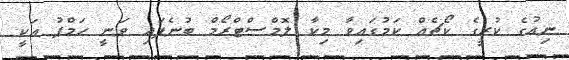
ނިއުގެ ކުރީގެ ކޯޗެއް ކަމުގައިވާ މިކާ ލޮމްސްޓްރޯމް ބުނެފައި ވަނީ ހަމްޕު އަކީ